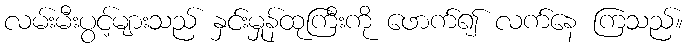
လမ်းမီးပွင့်များသည် နှင်းမှုန်ထုကြီးကို ဖောက်၍ လက်နေ ကြသည်။